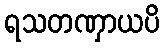
ရသတဏှာယပိ